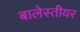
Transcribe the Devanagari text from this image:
बालेस्तीयर